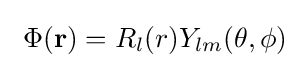
\ \Phi (\mathbf {r} )=R_{l}(r)Y_{lm}(\theta ,\phi )